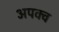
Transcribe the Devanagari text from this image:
अपक्‍व